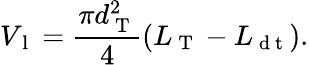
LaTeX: V_{\mathrm{~l~}}=\frac{\pi d_{\mathrm{~T~}}^{2}}{4}(L_{\mathrm{~T~}}-L_{\mathrm{~d~t~}}).